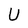
Character: U